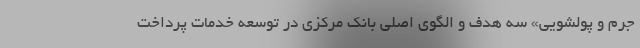
جرم و پولشویی» سه هدف و الگوی اصلی بانک مرکزی در توسعه خدمات پرداخت